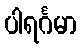
ပါရင်္ဂမာ